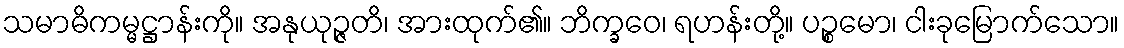
သမာဓိကမ္မဋ္ဌာန်းကို။ အနုယုဉ္ဇတိ၊ အားထုက်၏။ ဘိက္ခဝေ၊ ရဟန်းတို့။ ပဉ္စမော၊ ငါးခုမြောက်သော။